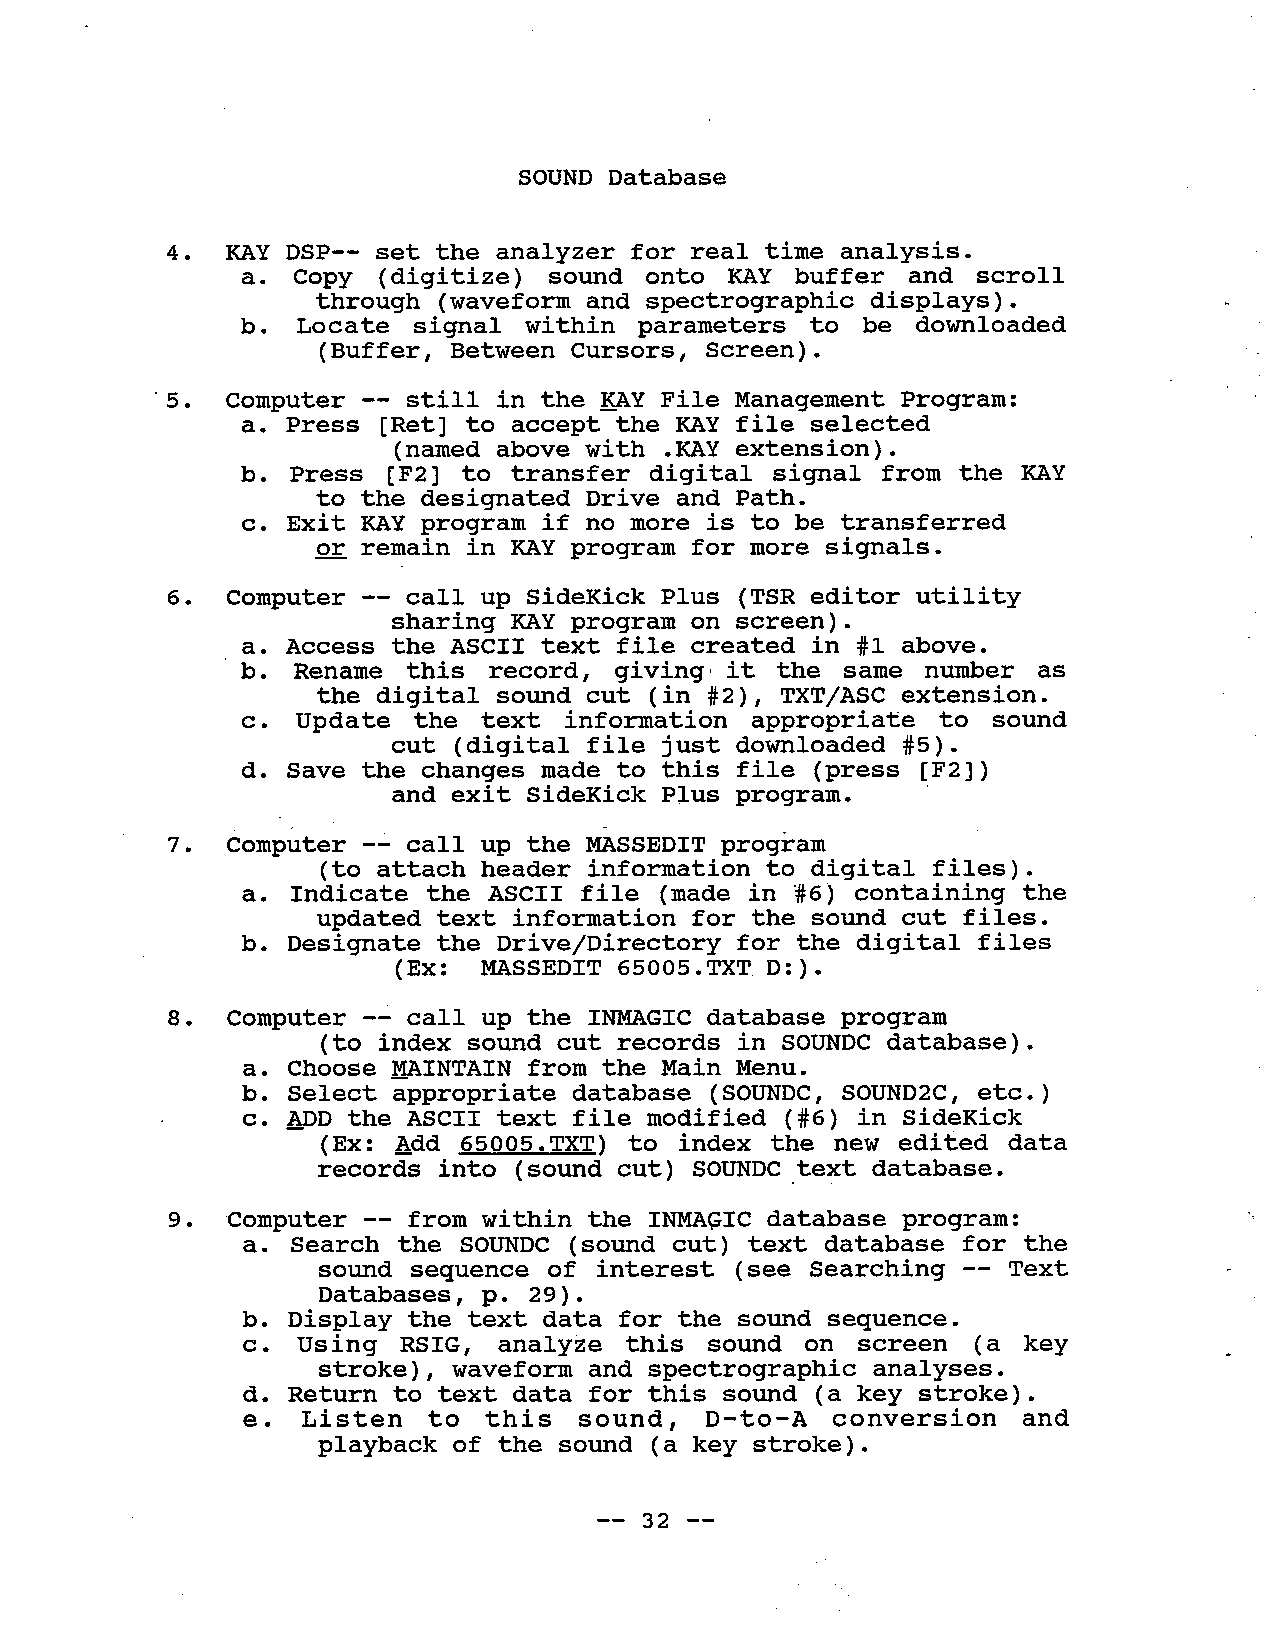
SOUND Database
 4. KAY DSP-- set the analyzer for real time analysis.
 a. Copy  (digitize) sound  onto KAY buffer  and scroll
 through (waveform and spectrographic displays).
 b. Locate  signal within  parameters to  be downloaded
 (Buffer, Between Cursors, Screen).
 .5. Computer -- still in the KAY File Management Program:
 a. Press (Ret) to accept the KAY file selected
 (named above with .KAY extension).
 b. Press (F2) to transfer  digital signal from the KAY
 to the designated Drive and Path.
 c. Exit KAY program if no more is to be transferred
 or remain in KAY program for more signals.
 6. Computer -- call up SideKick Plus (TSR editor  utility
 sharing KAY program on screen).
 a. Access the ASCII text file created in #1 above.
 b. Rename   this record, gi ving' it the same numer as
 the digital sound cut (in # 2), TXT/ASC extension.
 c. Update  the text information  appropriate  to sound
 cut (digital file just downloaded #5).
 d. Save the changes made to this file (press (F2))
 and exit SideKick Plus program.
 7 . Computer -- call up the MASSEDIT program
 (to attach header information to digital files).
 a. Indicate the ASCII file (made in #6) containing  the
 updated text information for the sound cut files.
 b. Designate the Drive/Directory for the digital files
 (Ex: MASSEDIT 65005.TXT, D:).
 8 . Computer -- call up the INMGIC  database program
 (to index sound cut records in SOUNDC database).
 a. Choose MAINTAIN from the Main Menu.
 b. Select appropriate database (SOUNDC, SOUND2C, etc.)
 c. ADD the ASCII text file modified (#6) in SideKick
 ( Ex : Add 65005. TXT ) to index the new edited da ta
 records into (sound cut) SOUNDC ,text database.
 Computer -- from within the INMGIC database program:
 9.
 a. Search the SOUNDC (sound cut) text  database for the
 sound sequence of interest (see  Searching -- Text
 Databases, p. 29).
 b. Display the text data for the sound sequence.
 c. Using  RSIG,  analyze this  sound on  screen (a key
 stroke), waveform and spectrographic analyses.
 d. Return to text data for this sound (a key stroke).
 e.  Listen  to  this  sound,  D-to-A  conversion   and
 playback of the sound (a key stroke).
 -- 32 --